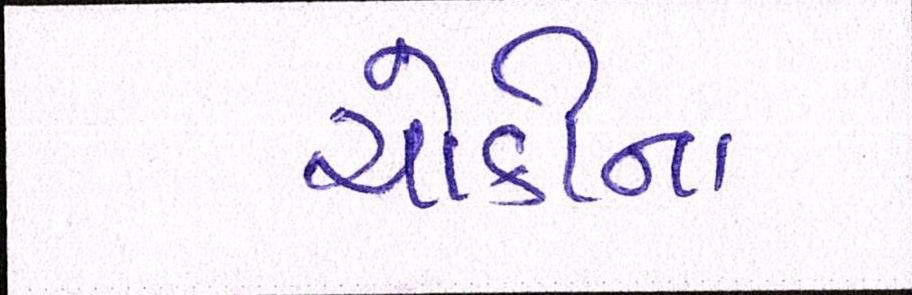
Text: ચોકીના